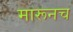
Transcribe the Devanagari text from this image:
मारूनच